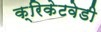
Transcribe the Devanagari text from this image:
क्रिकेटवेडी